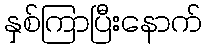
နှစ်ကြာပြီးနောက်